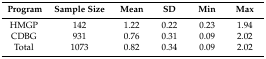
<table><thead><tr><td><b>Program</b></td><td><b>Sample Size</b></td><td><b>Mean</b></td><td><b>SD</b></td><td><b>Min</b></td><td><b>Max</b></td></tr></thead><tbody><tr><td>HMGP</td><td>142</td><td>1.22</td><td>0.22</td><td>0.23</td><td>1.94</td></tr><tr><td>CDBG</td><td>931</td><td>0.76</td><td>0.31</td><td>0.09</td><td>2.02</td></tr><tr><td>Total</td><td>1073</td><td>0.82</td><td>0.34</td><td>0.09</td><td>2.02</td></tr></tbody></table>